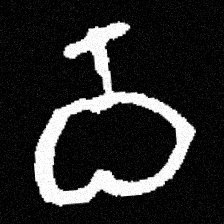
Pyu character \u2014 Myanmar letter: ဝ (romanized: wa)